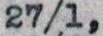
27/1,